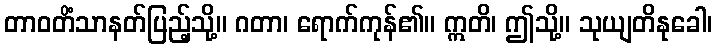
တာဝတိံသာနတ်ပြည့်သို့။ ဂတာ၊ ရောက်ကုန်၏။ ဣတိ၊ ဤသို့။ သုယျတိနုခေါ၊